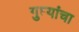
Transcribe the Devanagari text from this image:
गुप्त्यांचा